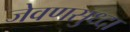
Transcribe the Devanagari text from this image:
जेवणसुध्दा